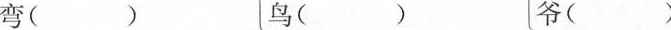
弯() 鸟() 爷()